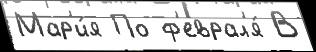
Мар'и́я По ф'еврал'я́ В